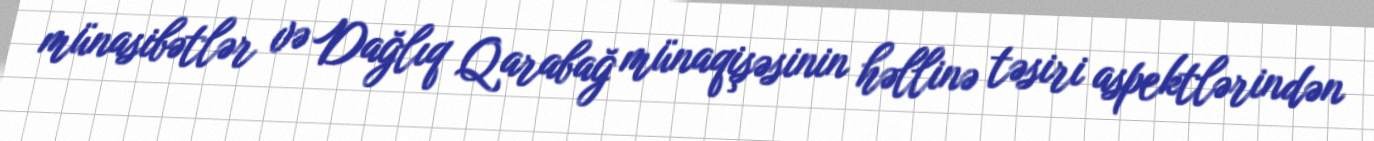
münasibətlər və Dağlıq Qarabağ münaqişəsinin həllinə təsiri aspektlərindən